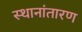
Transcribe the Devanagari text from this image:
स्थानांतारण